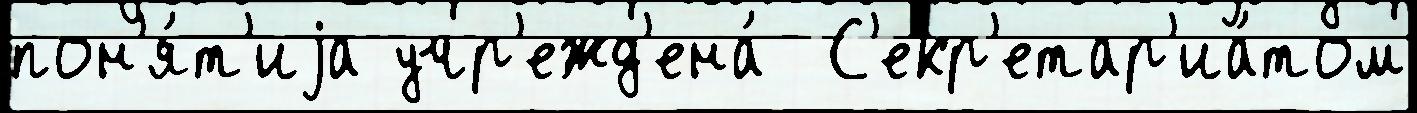
пон'я́т'иjа учр'ежд'ена́  С'екр'етар'иа́том